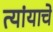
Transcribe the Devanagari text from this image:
त्यांयाचे